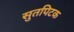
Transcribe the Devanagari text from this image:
सुतपिटक